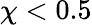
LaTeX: \chi<0.5